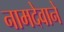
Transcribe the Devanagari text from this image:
नामदेवाने